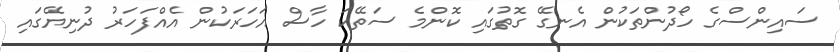
ސައިންސްގެ ހޯދުންތަކުން އެނގޭ ގޮތުގައި ކޮންމެ ސަތޭކަ ހާސް އަހަރަކުން އެއްފަހަރު ދުނިޔޭގައި